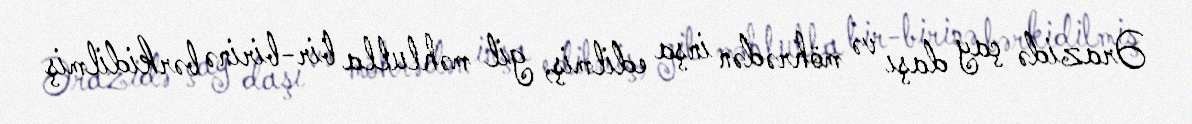
Ərazidə çay daşı və möhrədən inşa edilmiş, gil məhlulla bir-birinə bərkidilmiş